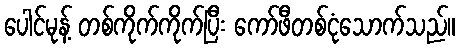
ပေါင်မုန့် တစ်ကိုက်ကိုက်ပြီး ကော်ဖီတစ်ငုံသောက်သည်။